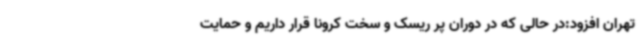
تهران افزود:در حالی که در دوران پر ریسک و سخت کرونا قرار داریم و حمایت